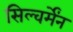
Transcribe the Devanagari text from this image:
सिल्वर्मेंन